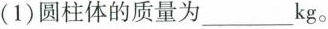
(1)圆柱体的质量为___kg。